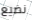
نضيع